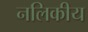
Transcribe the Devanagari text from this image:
नलिकीय